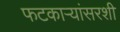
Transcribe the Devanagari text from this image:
फटकाऱ्यांसरशी